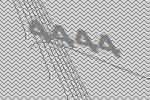
4444